Scottish Leaving Certificate Examination, 1958
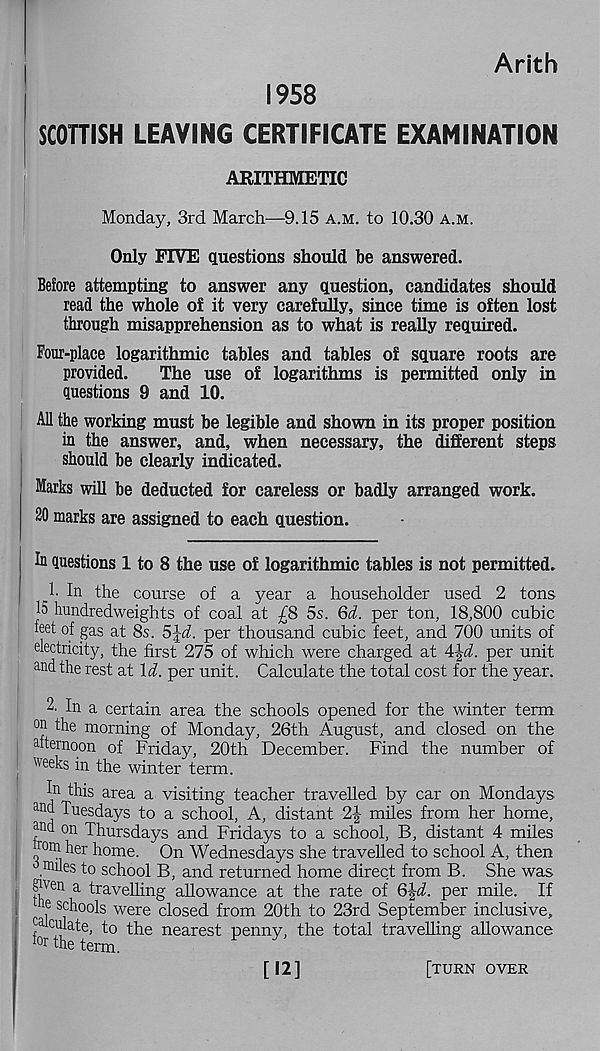
Arith
1958
SCOTTISH LEAVING CERTIFICATE EXAMINATION
ARITHMETIC
Monday, 3rd March—9.15 a.m. to 10.30 a.m.
Only FIVE questions should be answered.
Before attempting to answer any question, candidates should
read the whole of it very carefully, since time is often lost
through misapprehension as to what is really required.
Four-place logarithmic tables and tables of square roots are
provided.
The use of logarithms is permitted only in
questions 9 and 10.
All the working must be legible and shown in its proper position
in the answer, and, when necessary, the different steps
should be clearly indicated.
Marks will be deducted for careless or badly arranged work.
20 marks are assigned to each question.
In questions 1 to 8 the use of logarithmic tables is not permitted.
^l- In the course of a year a householder used 2 tons
15 hundredweights of coal at £8 5s. 6d. per ton, 18,800 cubic
feet of gas at 8s.
per thousand cubic feet, and 700 units of
electricity, the first 275 of which were charged at 4Ji. per unit
and the rest at Id. per unit. Calculate the total cost for the year.
2. In a certain area the schools opened for the winter term
°n the morning of Monday, 26th August, and closed on the
afternoon of Friday, 20th December. Find the number of
weeks in the winter term.
In this area a visiting teacher travelled by car on Mondays
an d Tuesdays to a school, A, distant 2J miles from her home,
and on Thursdays and Fridays to a school, B, distant 4 miles
o om f ler home. On Wednesdays she travelled to school A, then
. es to school B, and returned home direct from B. She was
'•pen a travelling allowance at the rate of 6^d. per mile. If
ne schools were closed from 20th to 23rd September inclusive,
calculate, to the nearest penny, the total travelling allowance
f°r the term.
[12]
[turn over